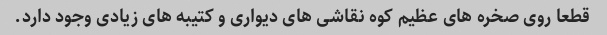
قطعا روی صخره های عظیم کوه نقاشی های دیواری و کتیبه های زیادی وجود دارد.